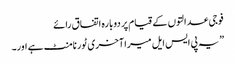
فوجی عدالتوں کے قیام پر دوبارہ اتفاق رائے
”یہ پی ایس ایل میرا آخری ٹورنامنٹ ہے اور۔